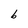
Character: b